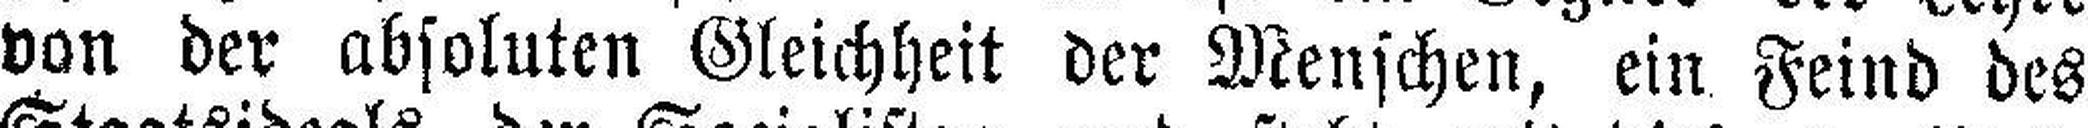
von der absoluten Gleichheit der Menschen, ein Feind des